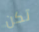
تكن